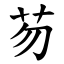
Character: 芴